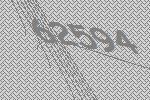
62594